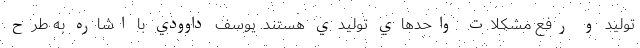
توليد و رفع مشكلات واحدهاي توليدي هستند. یوسف داوودي با اشاره به طرح